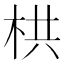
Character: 栱